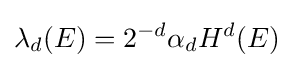
\lambda _{d}(E)=2^{-d}\alpha _{d}H^{d}(E)